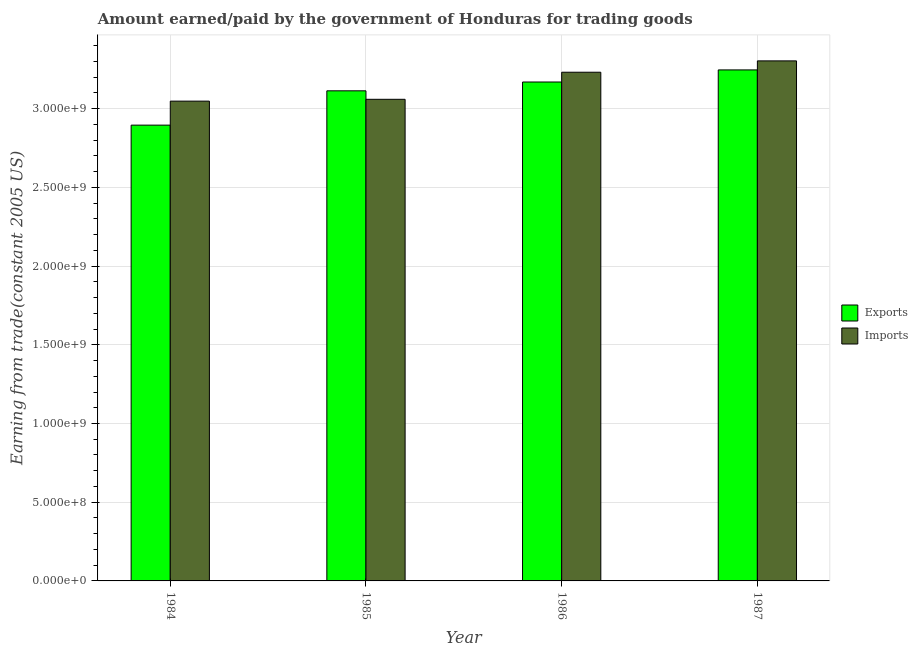
| Year | Exports | Imports |
 | --- | --- | --- |
 | 1984 | 2.9e+09 | 3.05e+09 |
 | 1985 | 3.11e+09 | 3.06e+09 |
 | 1986 | 3.17e+09 | 3.23e+09 |
 | 1987 | 3.25e+09 | 3.3e+09 |